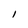
Character: I